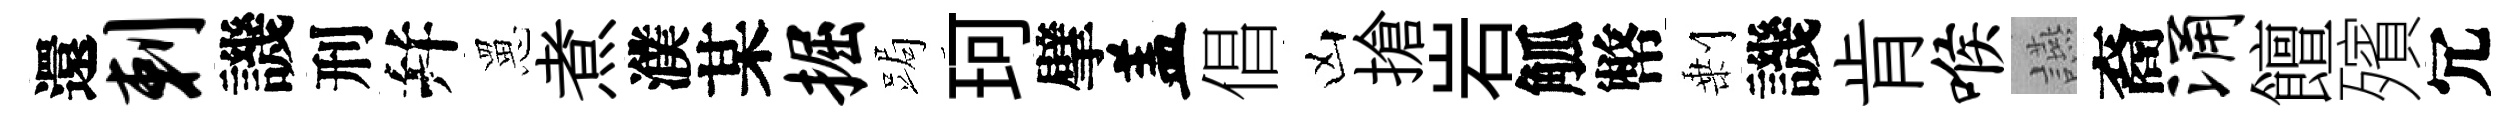
還剌譏刑幷罳煮濮某掘跼珂擘盖倡凶搶岩觚幣剰譏肯喉讌裔涌饘殯冗